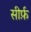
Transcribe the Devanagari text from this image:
सीर्फ़